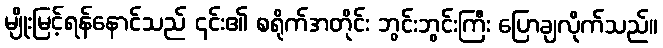
မျိုးမြင့်ရန်နောင်သည် ၎င်း၏ စရိုက်အတိုင်း ဘွင်းဘွင်းကြီး ပြောချလိုက်သည်။